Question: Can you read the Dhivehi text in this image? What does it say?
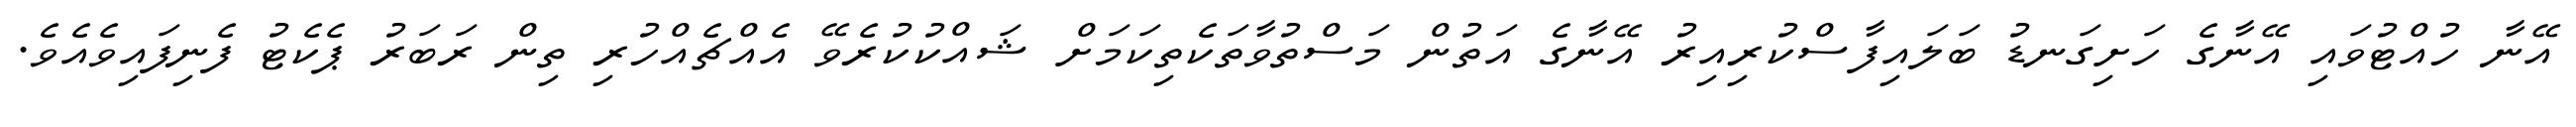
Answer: އޭނާ ހުއްޓުވައި އޭނާގެ ހަށިގަނޑު ބަލައިފާސްކުރިއިރު އޭނާގެ އަތުން މަސްތުވާތަކެތިކަމަށް ޝައްކުކުރެވޭ އެއްޗެއްހުރި ތިން ރަބަރު ޕެކެޓު ފެނިފައިވެއެވެ.